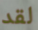
لقد